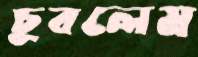
চুবলেম